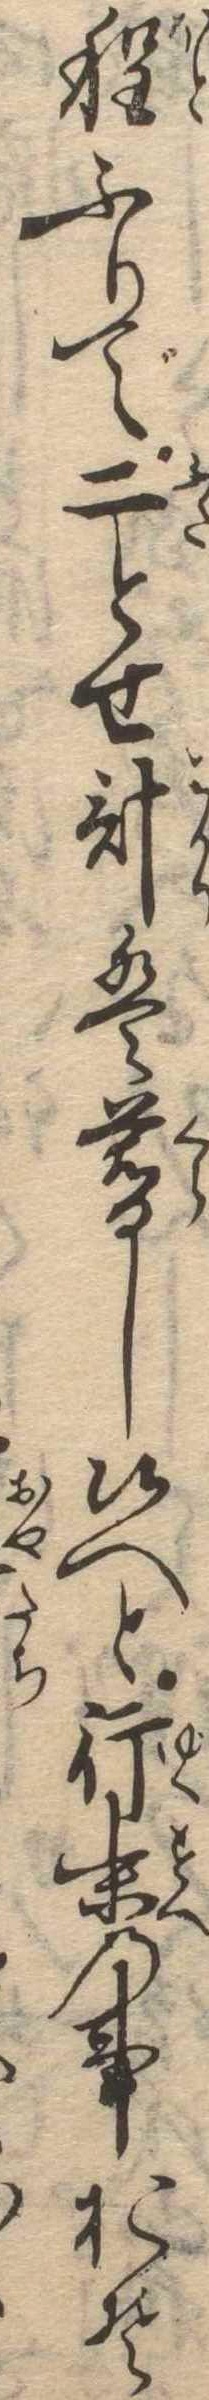
程ふりで二とせ計は暮し候へど行末の事おそ